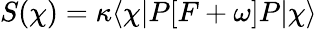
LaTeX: S(\chi)=\kappa\langle\chi|P[F+\omega]P|\chi\rangle